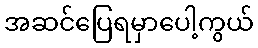
အဆင်ပြေရမှာပေါ့ကွယ်